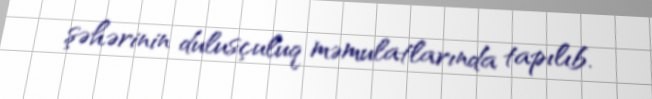
şəhərinin dulusçuluq məmulatlarında tapılıb.